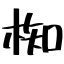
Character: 椥